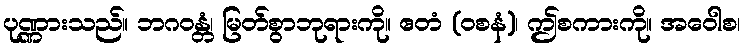
ပုဏ္ဏားသည်။ ဘဂဝန္တံ၊ မြတ်စွာဘုရားကို။ ဧတံ (ဝစနံ)၊ ဤစကားကို။ အဝေါစ၊